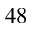
^ { 4 8 }